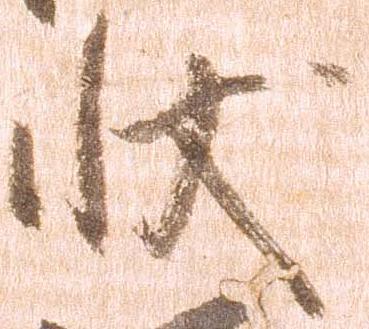
状